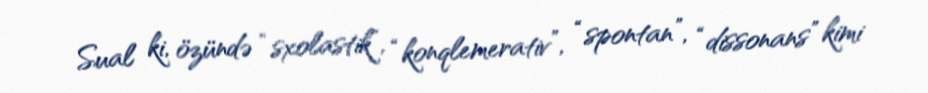
Sual ki, özündə “sxolastik”, “konqlemerativ”, “spontan”, “dissonans” kimi